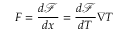
F = \frac { d \mathcal { F } } { d x } = \frac { d \mathcal { F } } { d T } \nabla T